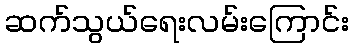
ဆက်သွယ်ရေးလမ်းကြောင်း